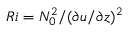
R i = { N _ { 0 } ^ { 2 } } / { ( \partial u / \partial z ) ^ { 2 } }